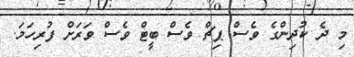
މި ދެ ކުދިންގެ ވެސް ޕިޗް ވެސް ބީޓް ވެސް ވަރަށް ފުރިހަމަ.